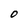
Character: O